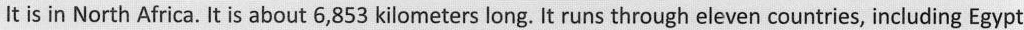
It is in North Africa. It is about 6,853 kilometers long. It runs through eleven countries, including Egypt,